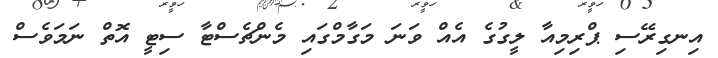
އިނގިރޭސި ޕްރިމިއާ ލީގުގެ އެއް ވަނަ މަގާމްގައި މެންޗެސްޓާ ސިޓީ އޮތް ނަމަވެސް